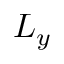
L _ { y }